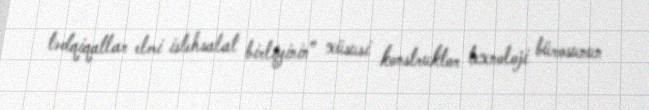
tədqiqatlar elmi istehsalat birliyinin” xüsusi konstruktor texnoloji bürosunun